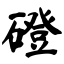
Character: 磴